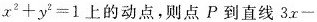
$$x _ { 2}+y _ { 2}=1$$上的动点，则点P到直线3x-